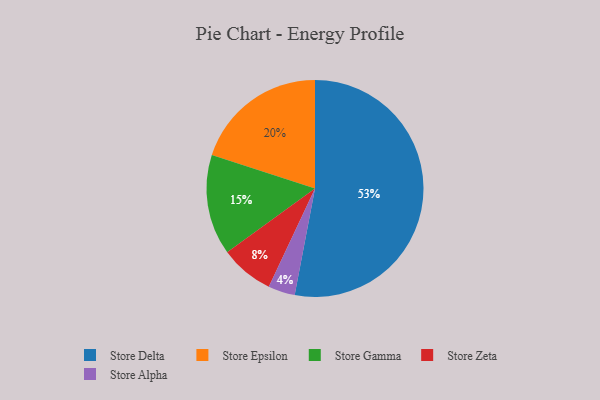
{"axis": {"x": "Category", "y": "Percentage"}, "legend": ["Store Alpha", "Store Delta", "Store Epsilon", "Store Gamma", "Store Zeta"], "data": [{"x": "Store Epsilon", "y": 20, "type": "Store Epsilon"}, {"x": "Store Gamma", "y": 15, "type": "Store Gamma"}, {"x": "Store Delta", "y": 53, "type": "Store Delta"}, {"x": "Store Alpha", "y": 4, "type": "Store Alpha"}, {"x": "Store Zeta", "y": 8, "type": "Store Zeta"}]}